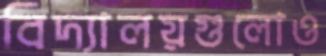
বিদ্যালয়গুলোও